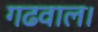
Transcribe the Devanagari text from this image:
गढवाल।